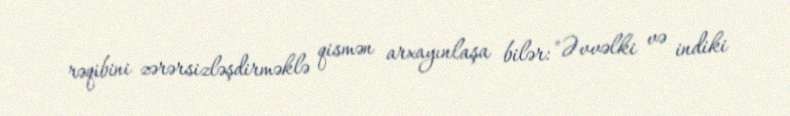
rəqibini zərərsizləşdirməklə qismən arxayınlaşa bilər: "Əvvəlki və indiki